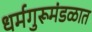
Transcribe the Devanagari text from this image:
धर्मगुरूमंडळात